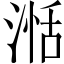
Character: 湉